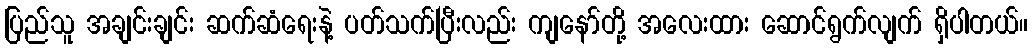
ပြည်သူ အချင်းချင်း ဆက်ဆံရေးနဲ့ ပတ်သက်ပြီးလည်း ကျနော်တို့ အလေးထား ဆောင်ရွက်လျက် ရှိပါတယ်။